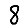
Digit: 8